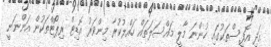
އަދި އޮފީސްތަކުގައި ހުންނަ މާލީ މައްސަލަތައް ހައްލުކުރާ މިންވަރު އޮޑިޓް ރިޕޯޓްތަކުން އަންނަނީ